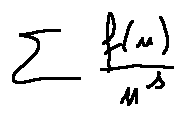
\sum \frac { f ( n ) } { n ^ { s } }